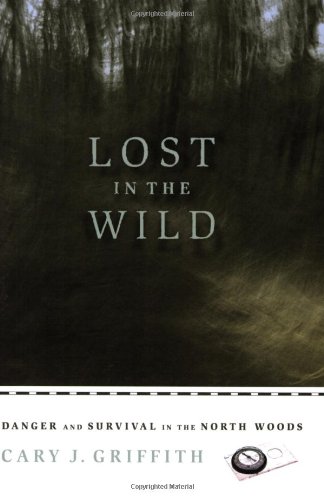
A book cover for Lost in the Wild: Danger and Survival in the North Woods; Cary J Griffith; Sports & Outdoors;